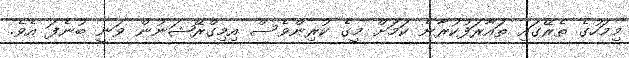
މިމަހުގެ ތެރޭގައި ތައާރަފުކުރާނެ ކަމަށް މީގެ ކުރިންވެސް އިމިގްރޭޝަނުން ވަނީ ބުނެފަ އެވެ.